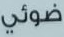
ضوئي